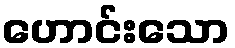
ဟောင်းသော